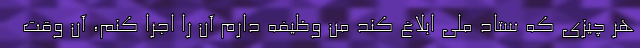
هر چیزی که ستاد ملی ابلاغ کند من وظیفه دارم آن را اجرا کنم، آن وقت